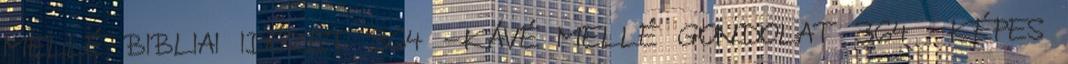
MELLÉ BIBLIAI IDÉZET 364 -KÁVÉ MELLÉ GONDOLAT 364 -KÉPES